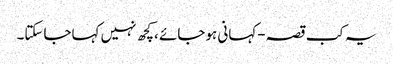
یہ کب قصہ-کہانی ہوجائے ،کچھ نہیں کہاجاسکتا۔